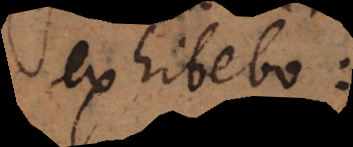
exhibebo: